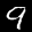
Digit: 9